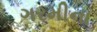
ગરમીના